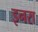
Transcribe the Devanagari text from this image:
इनरा